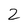
Character: 2